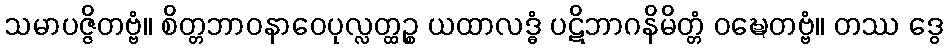
သမာပဇ္ဇိတဗ္ဗံ။ စိတ္တဘာဝနာဝေပုလ္လတ္ထဉ္စ ယထာလဒ္ဓံ ပဋိဘာဂနိမိတ္တံ ဝဍ္ဎေတဗ္ဗံ။ တဿ ဒွေ